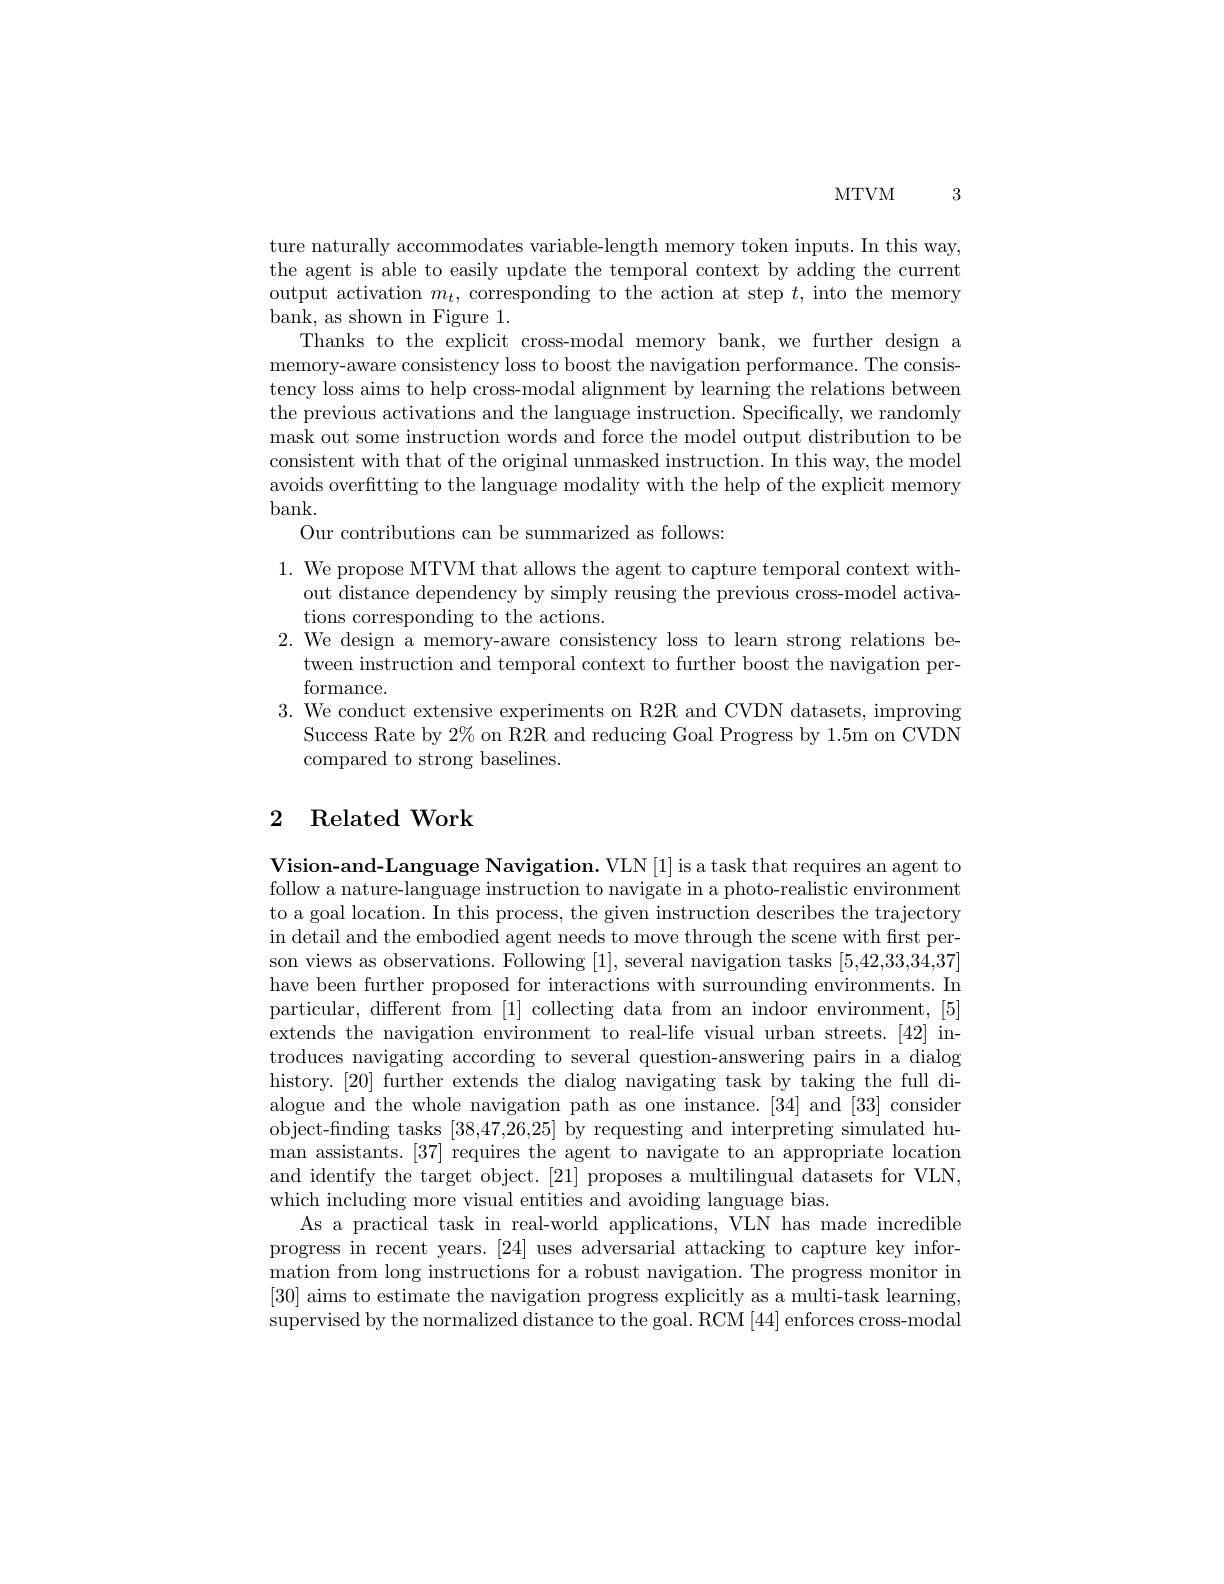
MTVM 3

ture naturally accommodates variable-length memory token inputs. In this way, the agent is able to easily update the temporal context by adding the current output activation $m_t$, corresponding to the action at step $t$, into the memory bank, as shown in Figure 1.
Thanks to the explicit cross-modal memory bank, we further design a memory-aware consistency loss to boost the navigation performance. The consis tency loss aims to help cross-modal alignment by learning the relations between the previous activations and the language instruction. Specifically, we randomly mask out some instruction words and force the model output distribution to be consistent with that of the original unmasked instruction. In this way, the model avoids overfitting to the language modality with the help of the explicit memory bank.
Our contributions can be summarized as follows:
1. We propose MTVM that allows the agent to capture temporal context with-
out distance dependency by simply reusing the previous cross-model activa-
tions corresponding to the actions.
2. We design a memory-aware consistency loss to learn strong relations be-
tween instruction and temporal context to further boost the navigation per-
formance.
3. We conduct extensive experiments on R2R and CVDN datasets, improving
Success Rate by $2\%$ on R2R and reducing Goal Progress by 1.5m on CVDN
compared to strong baselines.

# 2 Related Work

Vision-and-Language Navigation. VLN [1] is a task that requires an agent to follow a nature-language instruction to navigate in a photo-realistic environment to a goal location. In this process, the given instruction describes the trajectory in detail and the embodied agent needs to move through the scene with first person views as observations. Following [1],several navigation tasks [5,42,33,34,37] have been further proposed for interactions with surrounding environments. In particular, different from [1] collecting data from an indoor environment, [5] extends the navigation environment to real-life visual urban streets.[42] introduces navigating according to several question-answering pairs in a dialog history. [20] further extends the dialog navigating task by taking the full dialogue and the whole navigation path as one instance.[34] and [33] consider object-finding tasks [38,47,26,25] by requesting and interpreting simulated human assistants. [37] requires the agent to navigate to an appropriate location and identify the target object. [21] proposes a multilingual datasets for VLN, which including more visual entities and avoiding language bias.
As a practical task in real-world applications, VLN has made incredible progress in recent years. [24] uses adversarial attacking to capture key information from long instructions for a robust navigation. The progress monitor in [30] aims to estimate the navigation progress explicitly as a multi-task learning, supervised by the normalized distance to the goal. RCM [44] enforces cross-modal